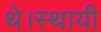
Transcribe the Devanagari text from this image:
थे।स्थायी